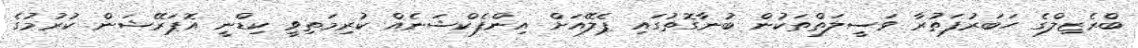
ބްރެޒިލްގެ ހަބަރުފަތުރާ ވަސީލަތްތަކުން ބުނާގޮތުގައި ޕެލޭއަށް އިންފެކްޝަނެއް ކުރިމަތިވީ ކިޑްނީ އޮޕަރޭޝަން ކުރުމުގެ